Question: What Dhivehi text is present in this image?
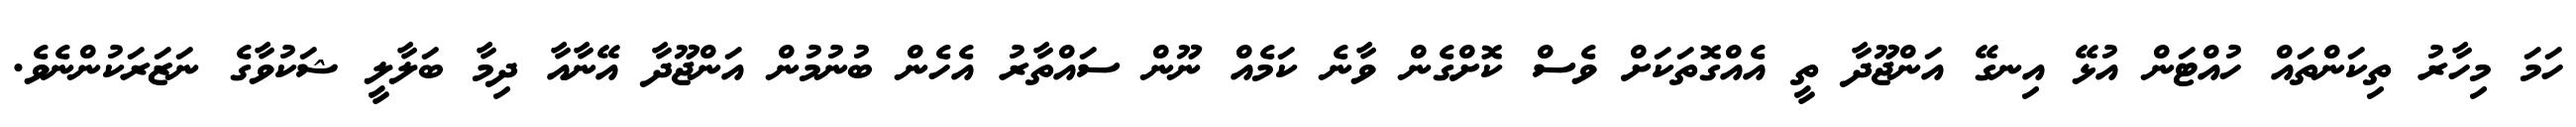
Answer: ހަމަ މިހާރު ތިކަންތައް ހުއްޓަން އުޅޭ އިނގޭ އަންޖޫދާ ތީ އެއްގޮތަކަށް ވެސް ކޮށްގެން ވާނެ ކަމެއް ނޫން ސައްތާރު އެހެން ބުނުމުން އަންޖޫދާ އޭނާއާ ދިމާ ބަލާލީ ޝަކުވާގެ ނަޒަރަކުންނެވެ.